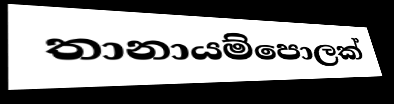
තානායම්පොලක්